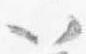
以